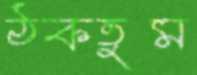
ঠকতুম